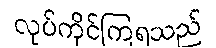
လုပ်ကိုင်ကြရသည်